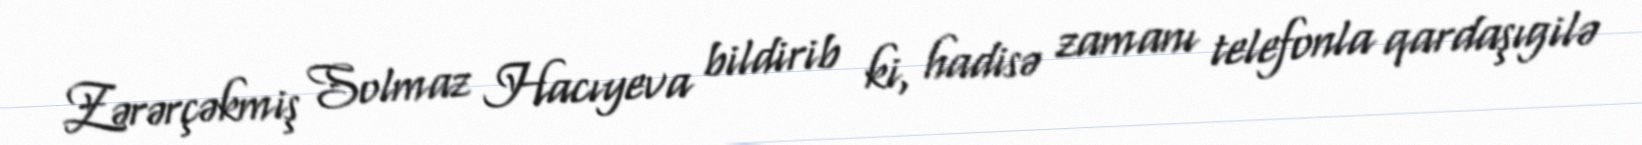
Zərərçəkmiş Solmaz Hacıyeva bildirib ki, hadisə zamanı telefonla qardaşıgilə